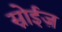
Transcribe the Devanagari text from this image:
स्नोईज़